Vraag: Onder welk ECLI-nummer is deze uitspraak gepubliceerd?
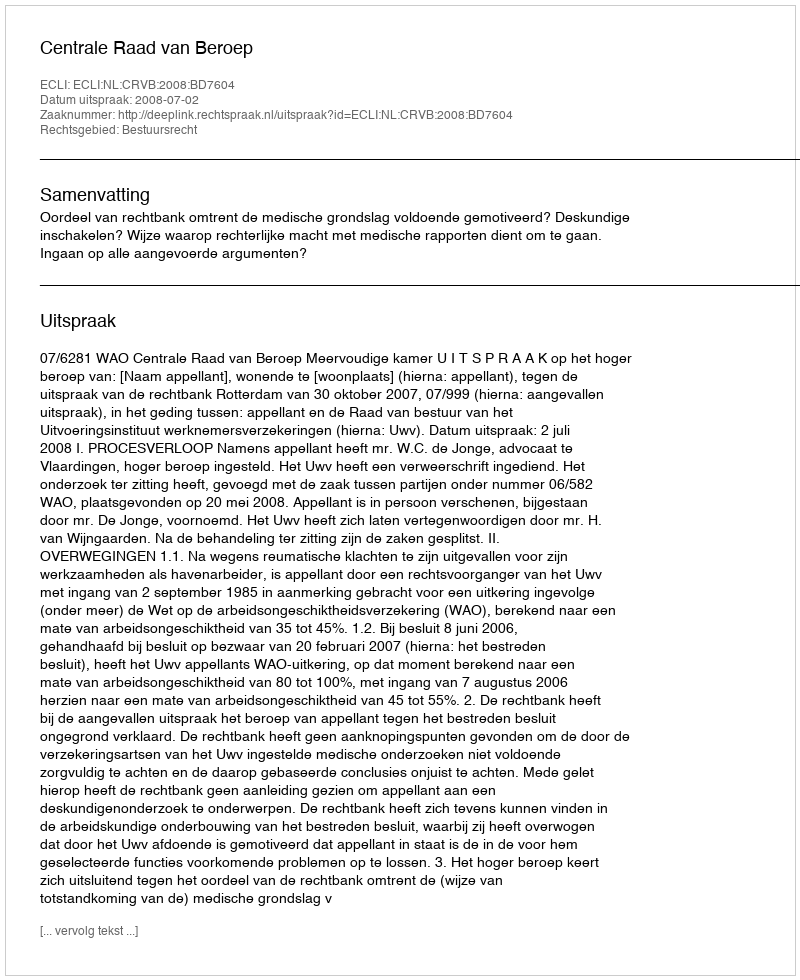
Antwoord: ECLI:NL:CRVB:2008:BD7604